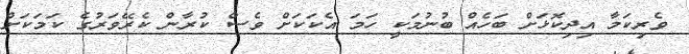
ވެރިކަމާ އިދިކޮޅަށް ބަހެއް ބުނުމަކީ ހަމަ އެކަކަށް ވެސް ކުރާން ކެރޭވަރުގެ ކަމަކަށް